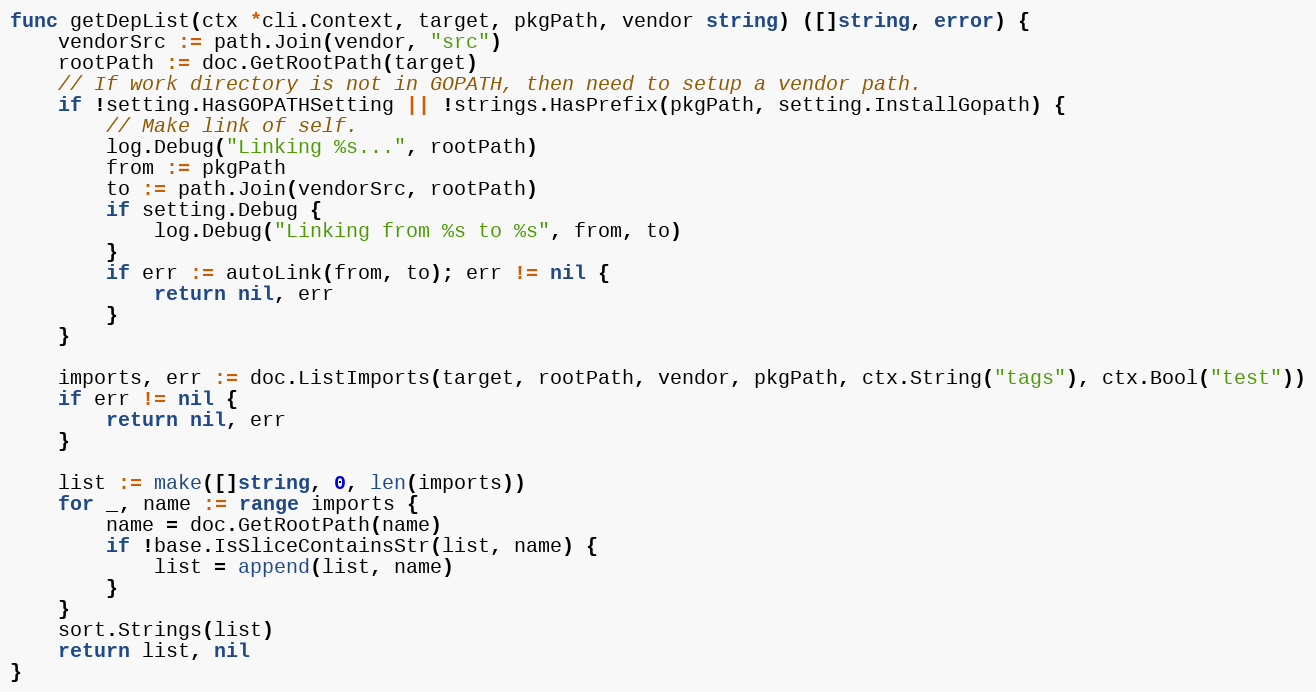
Language: Go
func getDepList(ctx *cli.Context, target, pkgPath, vendor string) ([]string, error) {
	vendorSrc := path.Join(vendor, "src")
	rootPath := doc.GetRootPath(target)
	// If work directory is not in GOPATH, then need to setup a vendor path.
	if !setting.HasGOPATHSetting || !strings.HasPrefix(pkgPath, setting.InstallGopath) {
		// Make link of self.
		log.Debug("Linking %s...", rootPath)
		from := pkgPath
		to := path.Join(vendorSrc, rootPath)
		if setting.Debug {
			log.Debug("Linking from %s to %s", from, to)
		}
		if err := autoLink(from, to); err != nil {
			return nil, err
		}
	}

	imports, err := doc.ListImports(target, rootPath, vendor, pkgPath, ctx.String("tags"), ctx.Bool("test"))
	if err != nil {
		return nil, err
	}

	list := make([]string, 0, len(imports))
	for _, name := range imports {
		name = doc.GetRootPath(name)
		if !base.IsSliceContainsStr(list, name) {
			list = append(list, name)
		}
	}
	sort.Strings(list)
	return list, nil
}